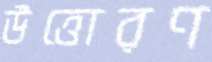
উত্তোরণ